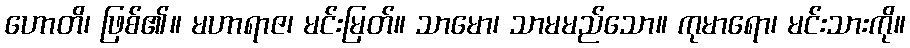
ဟောတိ၊ ဖြစ်၏။ မဟာရာဇ၊ မင်းမြတ်။ သာမော၊ သာမမည်သော။ ကုမာရော၊ မင်းသားကို။